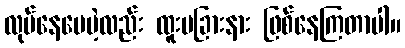
လုပ်နေပေမဲ့လည်း ထူးမခြားနား ဖြစ်နေကြတာပါ။